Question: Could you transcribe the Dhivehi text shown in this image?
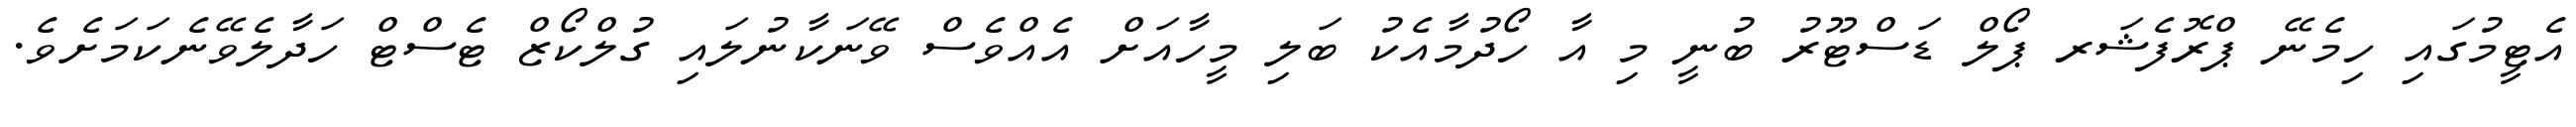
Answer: އެޓީމުގައި ހިމެނޭ ޕްރޮފެޝަރ ޕޯލް ޑަސްޓޫރު ބުނީ މި އާ ހޯދުމާއެކު ބަލި މީހާއަށް އެއްވެސް ވޭނަކާނުލައި ގުލްކޯޒް ޓެސްޓް ހަދާލެވޭނެކަމަށެވެ.